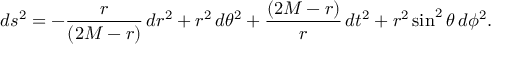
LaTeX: d s ^ { 2 } = - { \frac { r } { ( 2 M - r ) } } \, d r ^ { 2 } + r ^ { 2 } \, d \theta ^ { 2 } + { \frac { ( 2 M - r ) } { r } } \, d t ^ { 2 } + r ^ { 2 } \sin ^ { 2 } \theta \, d \phi ^ { 2 } .